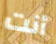
أنت